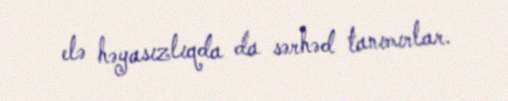
elə həyasızlıqda da sərhəd tanımırlar.